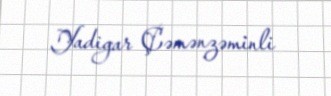
Yadigar Çəmənzəminli